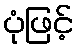
ပုံဖြင့်